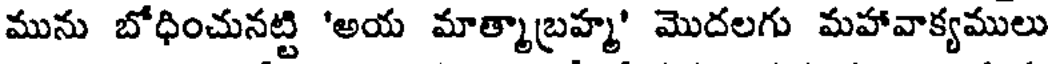
మును బోధించునట్టి 'అయ మాత్మాబ్రహ్మ' మొదలగు మహావాక్యములు